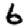
Digit: 6